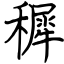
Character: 穉